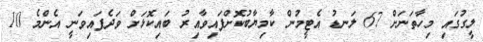
ލީގުގައި މިހާތަނަށް 67 ލަނޑު އެޓީމުން ކާމިޔާބުކޮށްފައިވާއިރު ބައިކޮޅަށް ވަދެފައިވަނީ އެންމެ 10